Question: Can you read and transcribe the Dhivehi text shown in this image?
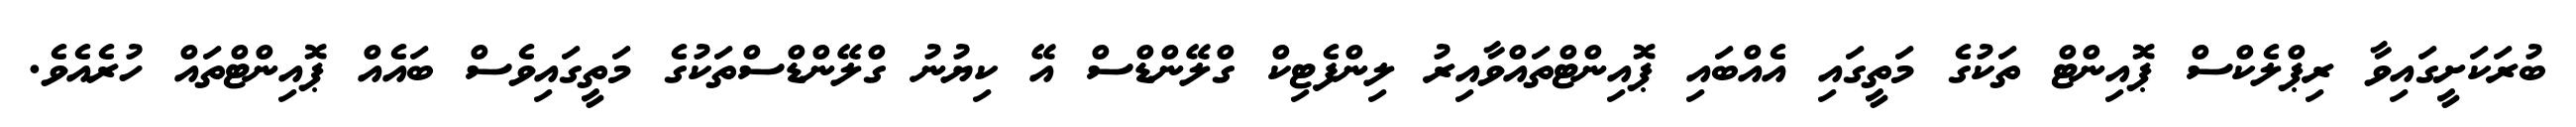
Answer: ބުރަކަށީގައިވާ ރިޕްލެކްސް ޕޮއިންޓް ތަކުގެ މަތީގައި އެއްބައި ޕޮއިންޓްތައްވާއިރު ލިންފެޓިކް ގްލޭންޑްސް އޭ ކިޔުނު ގްލޭންޑްސްތަކުގެ މަތީގައިވެސް ބައެއް ޕޮއިންޓްތައް ހުރެއެވެ.